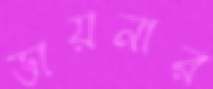
ডায়নার